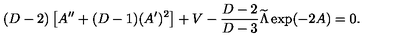
( D - 2 ) \left[ A ^ { \prime \prime } + ( D - 1 ) ( A ^ { \prime } ) ^ { 2 } \right] + V - { \frac { D - 2 } { D - 3 } } { \widetilde \Lambda } \exp ( - 2 A ) = 0 .